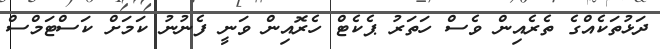
ދަޅުތަކެއްގެ ތެރެއިން ވެސް ހަތަރު ޕެކެޓް ހެރޮއިން ވަނީ ފެނުނު ކަމަށް ކަސްޓަމްސް